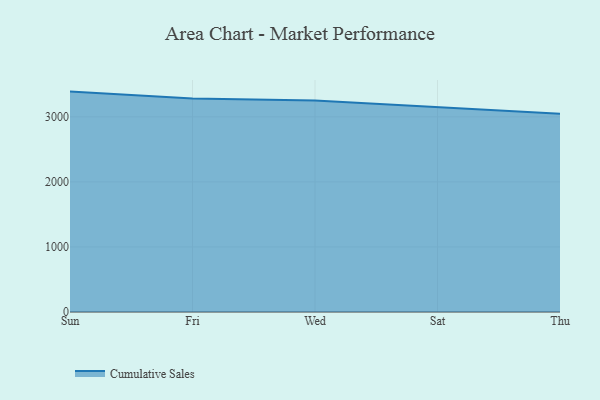
{"axis": {"x": "Day", "y": "Population (Million)"}, "legend": ["Cumulative Sales"], "data": [{"x": "Sun", "y": 3388.2, "type": "Cumulative Sales"}, {"x": "Fri", "y": 3282.6, "type": "Cumulative Sales"}, {"x": "Wed", "y": 3252.5, "type": "Cumulative Sales"}, {"x": "Sat", "y": 3148.3, "type": "Cumulative Sales"}, {"x": "Thu", "y": 3047.7, "type": "Cumulative Sales"}]}